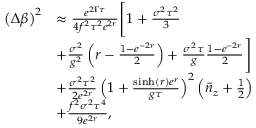
\begin{array} { r l } { \left( \Delta \beta \right) ^ { 2 } } & { \approx \frac { e ^ { 2 \Gamma \tau } } { 4 f ^ { 2 } \tau ^ { 2 } e ^ { 2 r } } \Bigg [ 1 + \frac { \sigma ^ { 2 } \tau ^ { 2 } } { 3 } } \\ & { + \frac { \sigma ^ { 2 } } { g ^ { 2 } } \left( r - \frac { 1 - e ^ { - 2 r } } { 2 } \right) + \frac { \sigma ^ { 2 } \tau } { g } \frac { 1 - e ^ { - 2 r } } { 2 } \Bigg ] } \\ & { + \frac { \sigma ^ { 2 } \tau ^ { 2 } } { 2 e ^ { 2 r } } \left( 1 + \frac { \sinh ( r ) e ^ { r } } { g \tau } \right) ^ { 2 } \left( \bar { n } _ { z } + \frac { 1 } { 2 } \right) } \\ & { + \frac { f ^ { 2 } \sigma ^ { 2 } \tau ^ { 4 } } { 9 e ^ { 2 r } } , } \end{array}